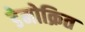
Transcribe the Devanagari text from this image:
डेमोक्रित